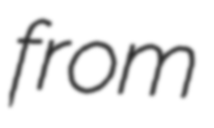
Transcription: from